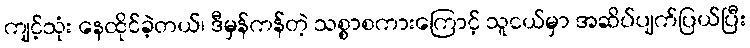
ကျင့်သုံး နေထိုင်ခဲ့တယ်၊ ဒီမှန်ကန်တဲ့ သစ္စာစကားကြောင့် သူငယ်မှာ အဆိပ်ပျက်ပြယ်ပြီး